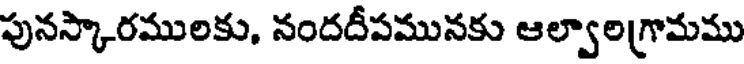
పునస్కారములకు, నందదీపమునకు ఆల్వాలగ్రామము